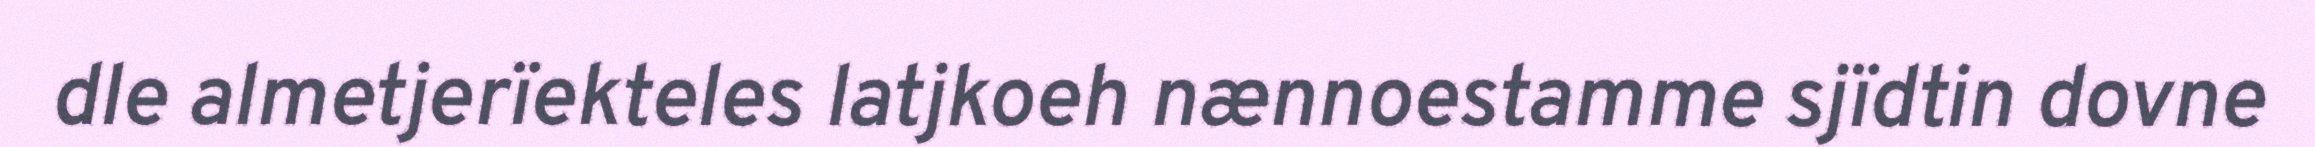
dle almetjerïekteles latjkoeh nænnoestamme sjïdtin dovne